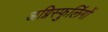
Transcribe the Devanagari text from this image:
अग्निस्फुलिंगों